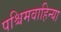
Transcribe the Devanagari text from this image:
पश्चिमवाहिन्या